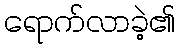
ရောက်လာခဲ့၏